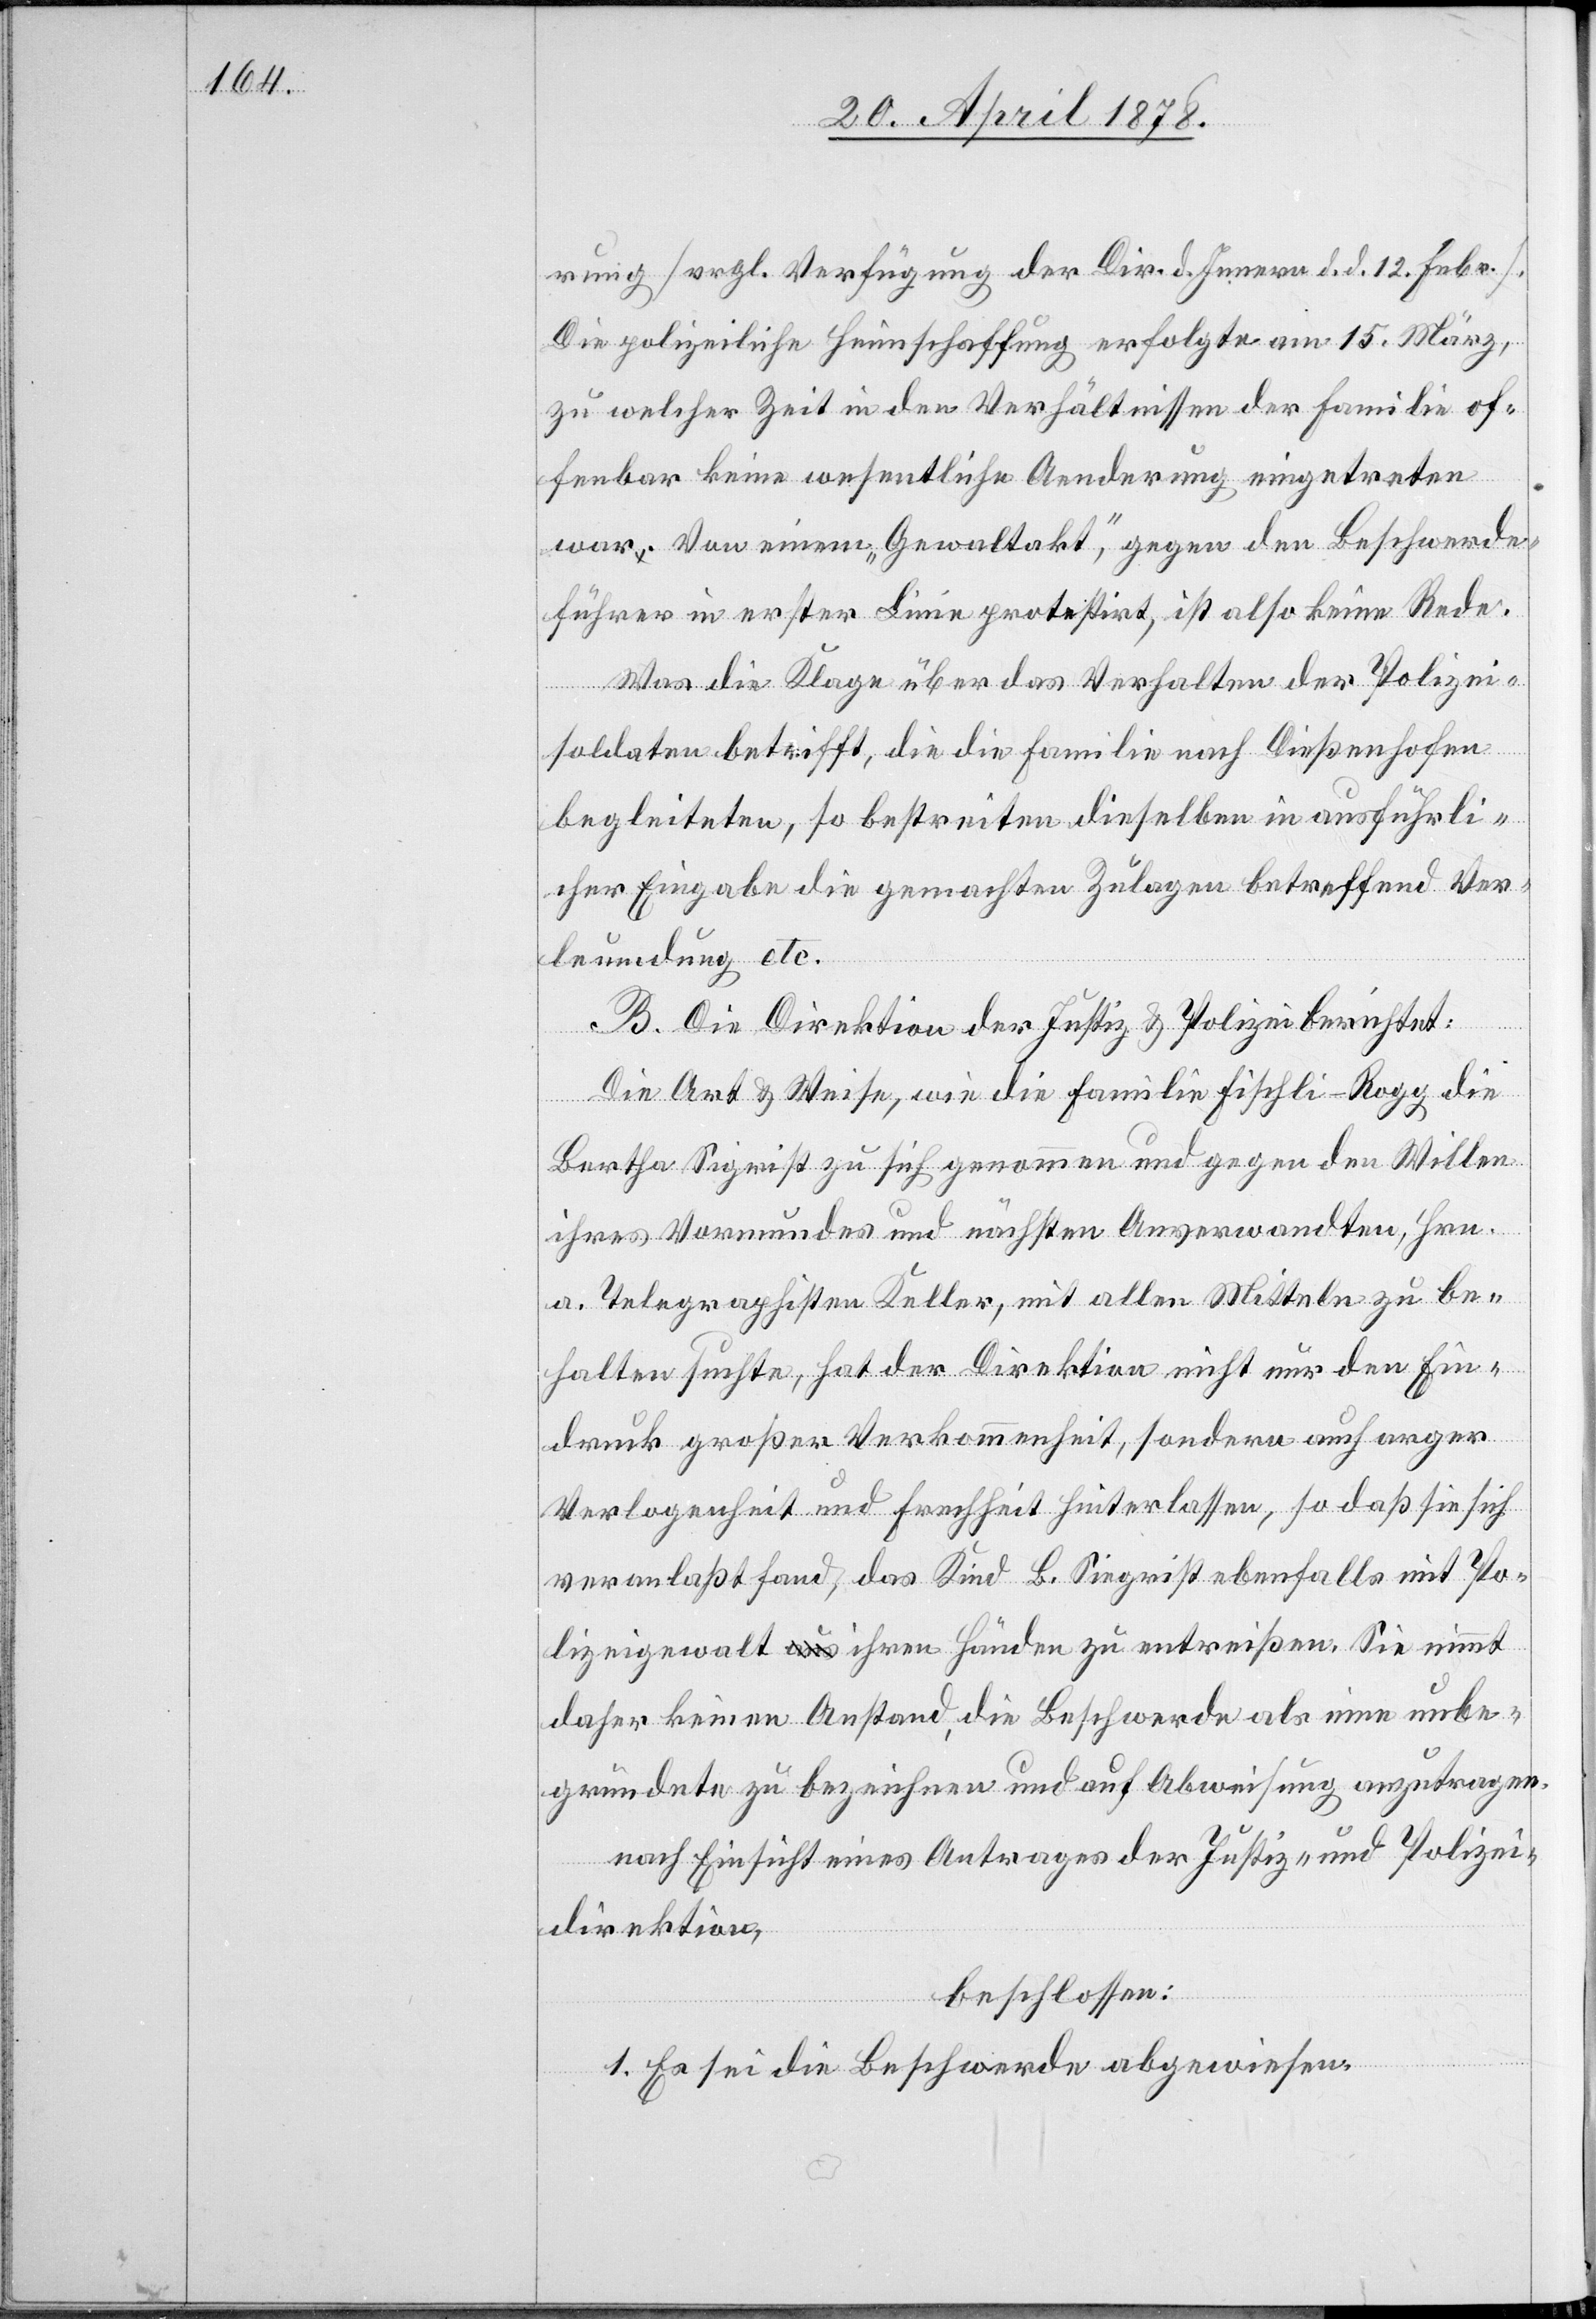
rung (vrgl. Verfügung der Dir. d. Innern d. d. 12. Febr.).
Die polizeiliche Heimschaffung erfolgte am 15. März,
zu welcher Zeit in den Verhältnissen der Familie of¬
fenbar keine wesentliche Aenderung eingetreten
war. Von einem „Gewaltakt“, gegen den Beschwerde¬
führer in erster Linie protestirt, ist also keine Rede.
Was die Klage über das Verhalten der Polizei¬
soldaten betrifft, die die Familie nach Dießenhofen
begleiteten, so bestreiten dieselben in ausführli¬
cher Eingabe die gemachten Zulagen betreffend Ver¬
leumdung etc.
B. Die Direktion der Justiz & Polizei berichtet:
Die Art & Weise, wie die Familie Fischli-Rogg die
Bertha Sigrist zu sich genommen und gegen den Willen
ihres Vormundes und nächsten Anverwandten, Hrn.
a. Telegraphisten Keller, mit allen Mitteln zu be¬
halten suchte, hat der Direktion nicht nur den Ein¬
druck großer Verkommenheit, sondern auch arger
Verlogenheit und Frechheit hinterlassen, so daß sie sich
veranlaßt fand, das Kind B. Sigrist ebenfalls mit Po¬
lizeigewalt ihren Händen zu entreißen. Sie nimmt
daher keinen Anstand, die Beschwerde als eine unbe¬
gründete zu bezeichnen und auf Abweisung anzutragen.
nach Einsicht eines Antrages der Justiz- und Polizei¬
direktion,
beschlossen:
1. Es sei die Beschwerde abgewiesen.